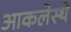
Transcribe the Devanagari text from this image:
आकलेस्थे